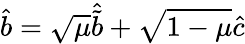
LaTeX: \hat{b}=\sqrt{\mu}\hat{\tilde{b}}+\sqrt{1-\mu}\hat{c}